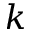
k